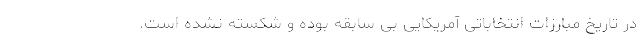
در تاریخ مبارزات انتخاباتی آمریکایی بی سابقه بوده و شکسته نشده است.